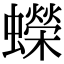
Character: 蠑